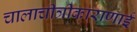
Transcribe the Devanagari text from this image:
चालाचीत्रीकाराणाई